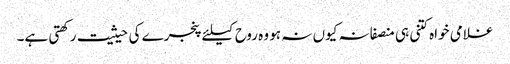
غلامی خواہ کتنی ہی منصفانہ کیوں نہ ہو وہ روح کیلئے پنجرے کی حیثیت رکھتی ہے۔